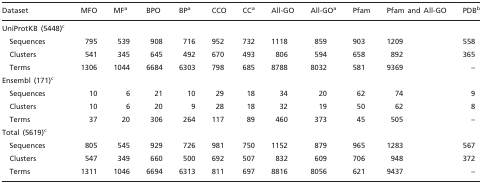
| Dataset | MFO | MFa | BPO | BPa | CCO | CCa | All-GO | All-GOa | Pfam | Pfam and All-GO | PDBb |
 | --- | --- | --- | --- | --- | --- | --- | --- | --- | --- | --- | --- |
 | UniProtKB (5448)c |  |  |  |  |  |  |  |  |  |  |  |
 | Sequences | 795 | 539 | 908 | 716 | 952 | 732 | 1118 | 859 | 903 | 1209 | 558 |
 | Clusters | 541 | 345 | 645 | 492 | 670 | 493 | 806 | 594 | 658 | 892 | 365 |
 | Terms | 1306 | 1044 | 6684 | 6303 | 798 | 685 | 8788 | 8032 | 581 | 9369 | – |
 | Ensembl (171)c |  |  |  |  |  |  |  |  |  |  |  |
 | Sequences | 10 | 6 | 21 | 10 | 29 | 18 | 34 | 20 | 62 | 74 | 9 |
 | Clusters | 10 | 6 | 20 | 9 | 28 | 18 | 32 | 19 | 50 | 62 | 8 |
 | Terms | 37 | 20 | 306 | 264 | 117 | 89 | 460 | 373 | 45 | 505 | – |
 | Total (5619)c |  |  |  |  |  |  |  |  |  |  |  |
 | Sequences | 805 | 545 | 929 | 726 | 981 | 750 | 1152 | 879 | 965 | 1283 | 567 |
 | Clusters | 547 | 349 | 660 | 500 | 692 | 507 | 832 | 609 | 706 | 948 | 372 |
 | Terms | 1311 | 1046 | 6694 | 6313 | 811 | 697 | 8816 | 8056 | 621 | 9437 | – |